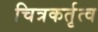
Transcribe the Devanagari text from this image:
चित्रकर्तृत्व